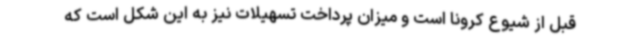
قبل از شیوع کرونا است و میزان پرداخت تسهیلات نیز به این شکل است که